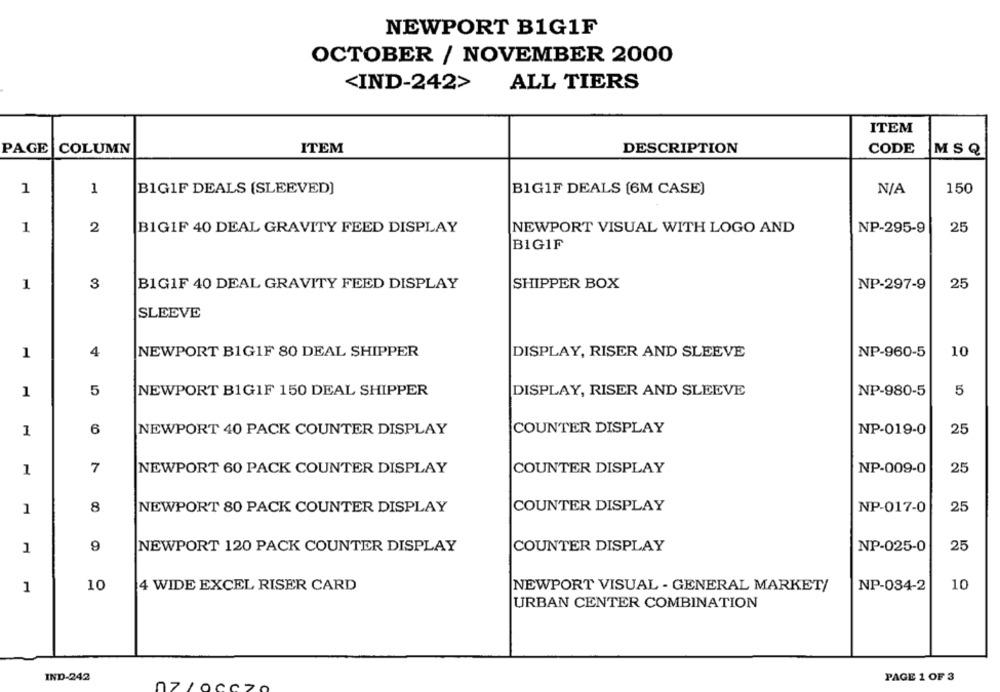
NEWPORT B1G1F
OCTOBER / NOVEMBER 2000
<IND-242>
ALL TIERS
ITEM
PAGE
COLUMN
ITEM
DESCRIPTION
CODE
MSQ
1
1
B1GIF DEALS (SLEEVED]
BIG1F DEALS [6M CASE)
150
1
2
NP-295-9
25
B1GIF 40 DEAL GRAVITY FEED DISPLAY
NEWPORT VISUAL WITH LOGO AND
BIG1F
1
3
B1GIF 40 DEAL GRAVITY FEED DISPLAY
SHIPPER BOX
NP-297-9
25
SLEEVE
4
NP-960-5
10
1
NEWPORT B1GIF 80 DEAL SHIPPER
DISPLAY, RISER AND SLEEVE
1
5
NEWPORT B1GIF 150 DEAL SHIPPER
DISPLAY, RISER AND SLEEVE
NP-980-5
5
6
COUNTER DISPLAY
1
NEWPORT 40 PACK COUNTER DISPLAY
NP-019-0
25
1
7
NEWPORT 60 PACK COUNTER DISPLAY
COUNTER DISPLAY
NP-009-0
25
1
8
NEWPORT 80 PACK COUNTER DISPLAY
COUNTER DISPLAY
NP-017-0
25
9
NP-025-0
25
1
NEWPORT 120 PACK COUNTER DISPLAY
COUNTER DISPLAY
10
4 WIDE EXCEL RISER CARD
NEWPORT VISUAL - GENERAL MARKET/
NP-034-2
10
1
URBAN CENTER COMBINATION
IND-242
PAGE 1 OF 3
07 /0CC7